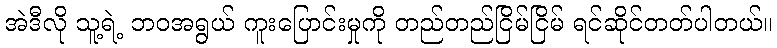
အဲဒီလို သူ့ရဲ့ ဘဝအရွယ် ကူးပြောင်းမှုကို တည်တည်ငြိမ်ငြိမ် ရင်ဆိုင်တတ်ပါတယ်။